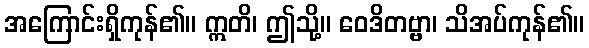
အကြောင်းရှိကုန်၏။ ဣတိ၊ ဤသို့။ ဝေဒိတဗ္ဗာ၊ သိအပ်ကုန်၏။